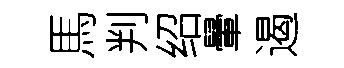
馬判绍暈遏